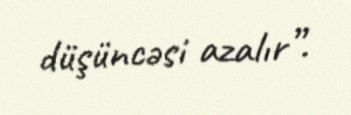
düşüncəsi azalır”.